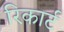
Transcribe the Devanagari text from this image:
रिकार्ट